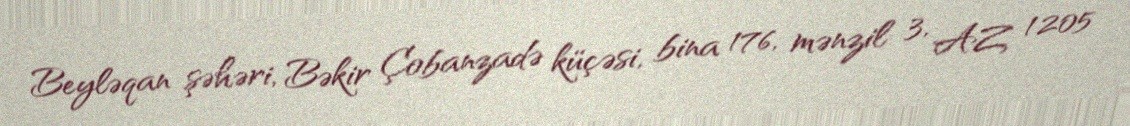
Beyləqan şəhəri, Bəkir Çobanzadə küçəsi, bina 176, mənzil 3, AZ 1205